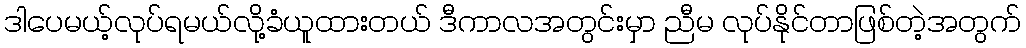
ဒါပေမယ့်လုပ်ရမယ်လို့ခံယူထားတယ် ဒီကာလအတွင်းမှာ ညီမ လုပ်နိုင်တာဖြစ်တဲ့အတွက်